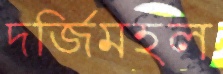
দর্জিমহল